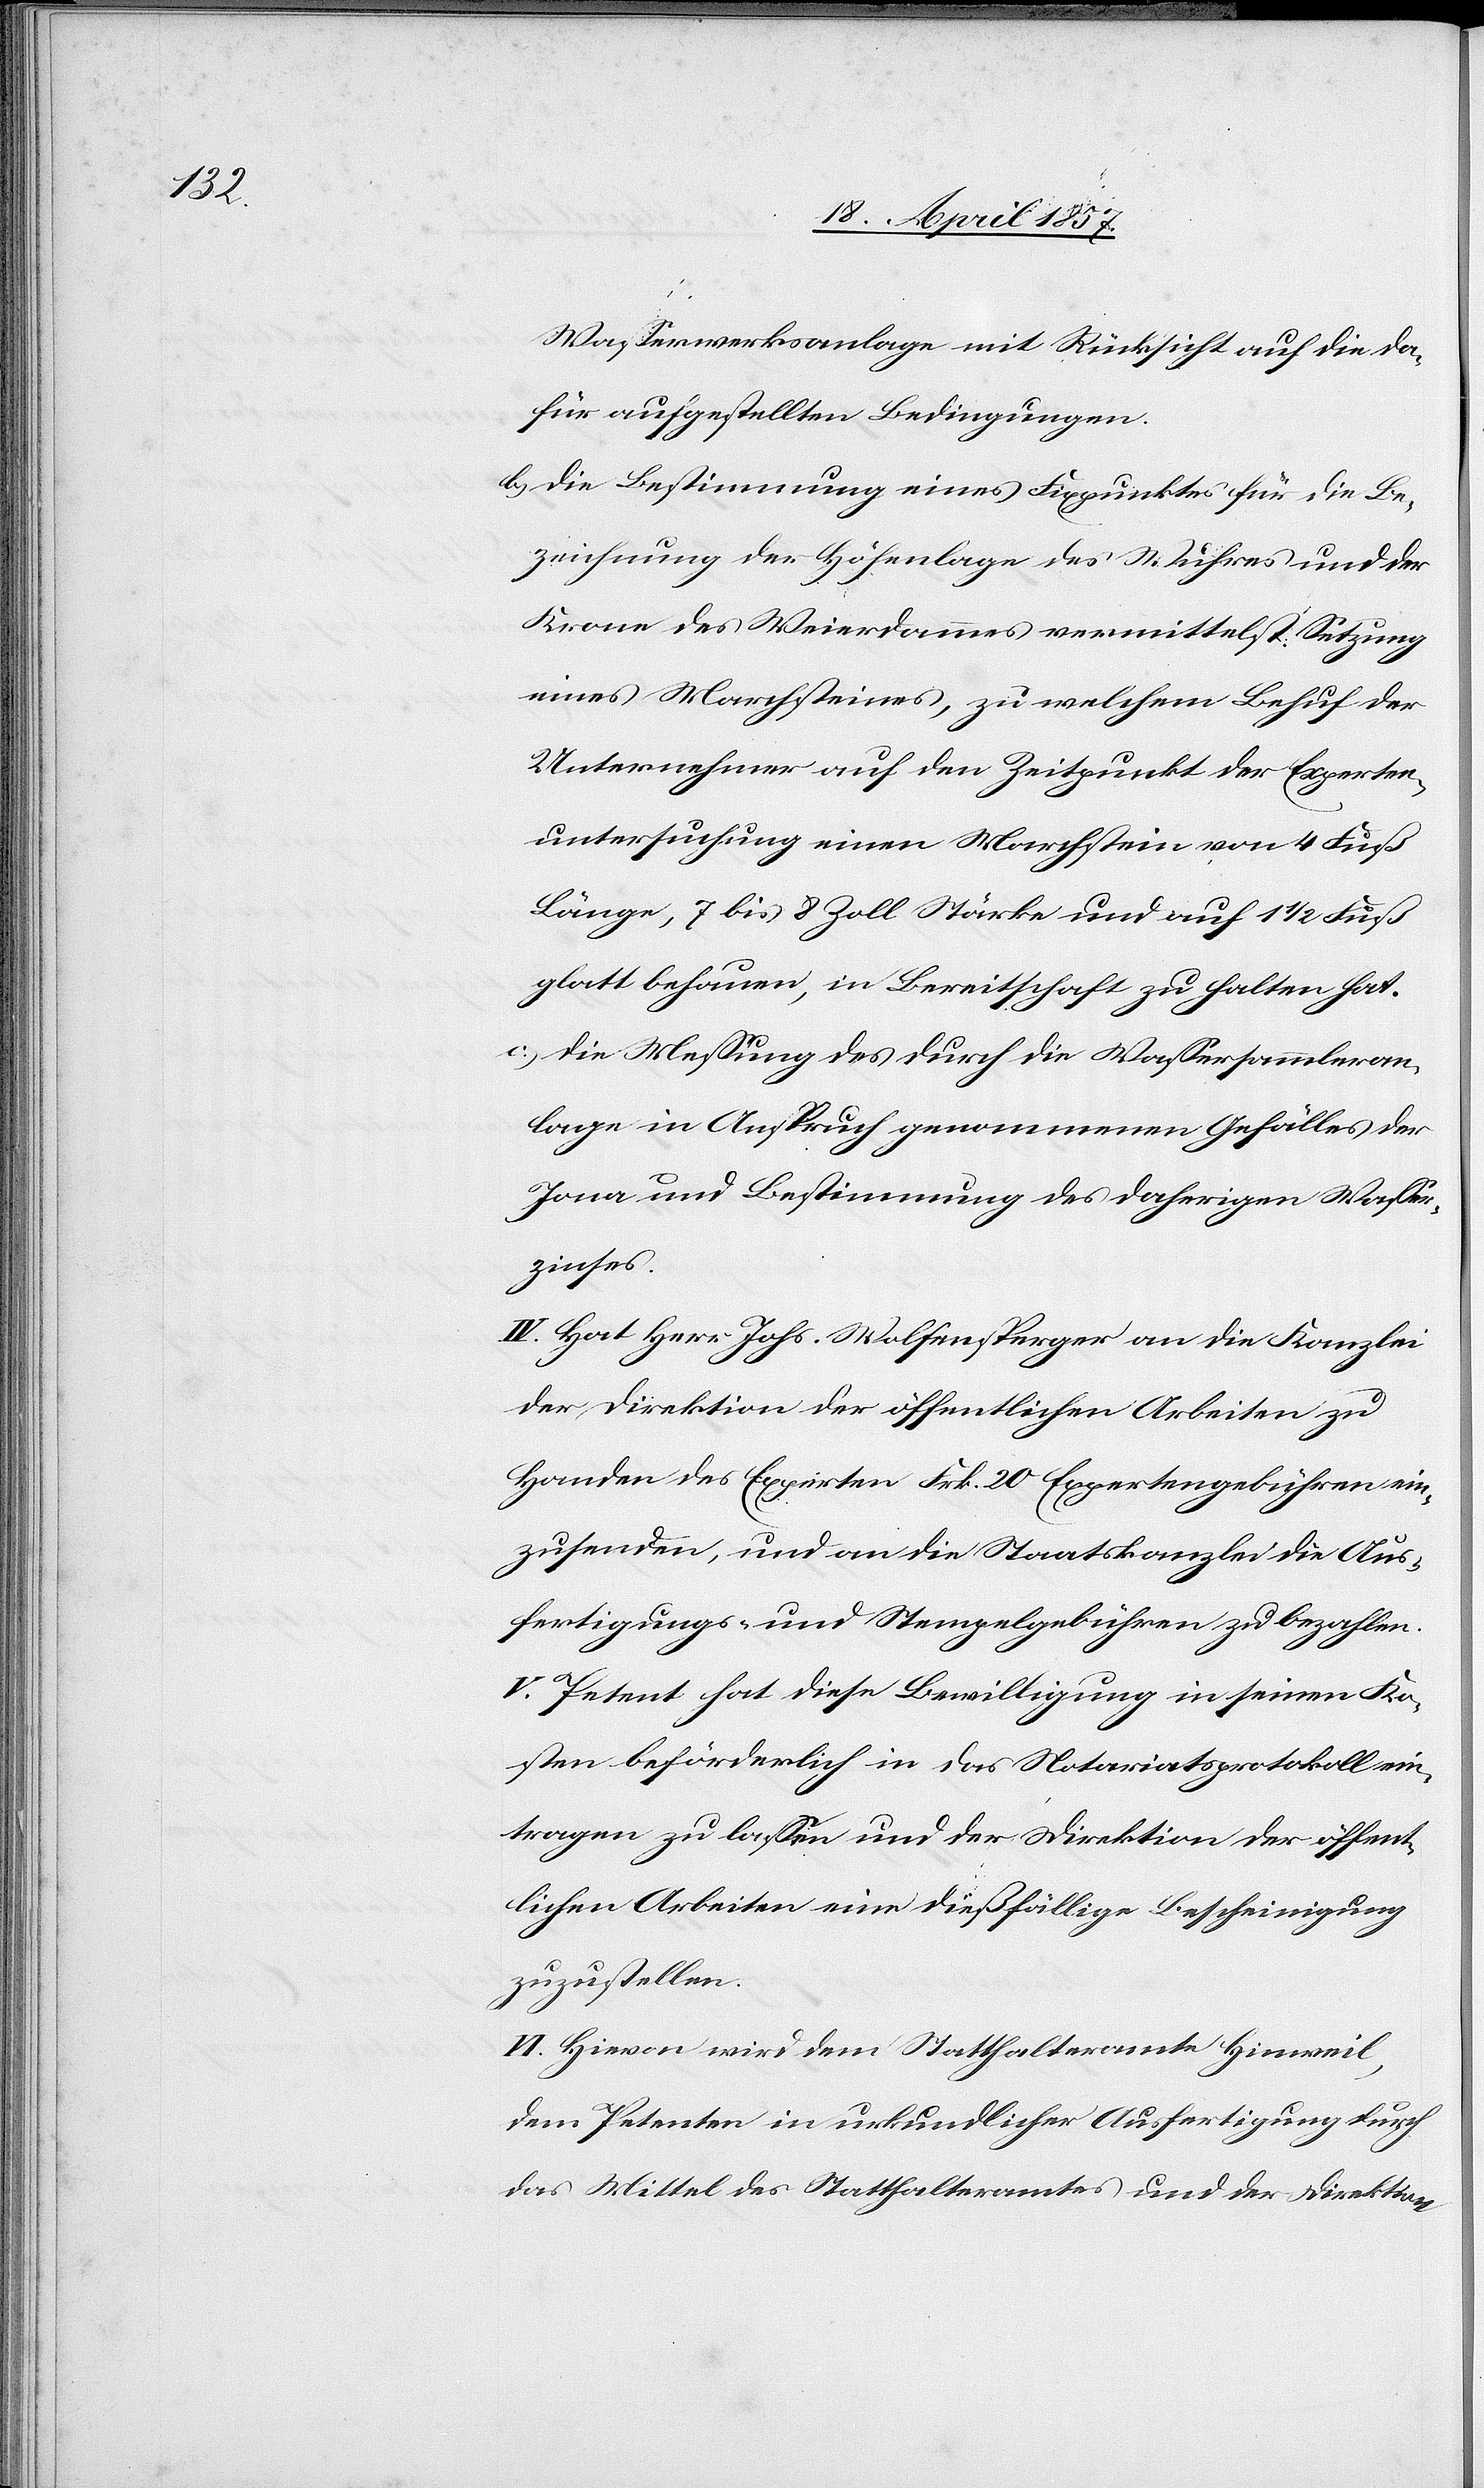
Wasserwerksanlage mit Rücksicht auf die da¬
für aufgestellten Bedingungen.
b) Die Bestimmung eines Fixpunktes für die Be¬
zeichnung der Höhenlage des Wuhres und der
Krone des Weierdammes vermittelst Setzung
eines Marchsteines, zu welchem Behuf der
Unternehmer auf den Zeitpunkt der Experten¬
untersuchung einen Marchstein von 4 Fuß
Länge, 7 bis 8 Zoll Stärke und auf 1 1/2 Fuß
glatt behauen, in Bereitschaft zu halten hat.
c) Die Messung des durch die Wassersammleran¬
lage in Anspruch genommenen Gefälles der
Jona und Bestimmung des daherigen Wasser¬
zinses.
IV. Hat Herr Johs. Wolfensperger an die Kanzlei
der Direktion der öffentlichen Arbeiten zu
Handen des Experten Frk. 20 Expertengebühren ein¬
zusenden, und an die Staatskanzlei die Aus¬
fertigungs- und Stempelgebühren zu bezahlen.
V. Petent hat diese Bewilligung in seinen Ko¬
sten beförderlich in das Notariatsprotokoll ein¬
tragen zu lassen und der Direktion der öffent¬
lichen Arbeiten eine dießfällige Bescheinigung
zuzustellen.
VI. Hievon wird dem Statthalteramte Hinweil,
dem Petenten in urkundlicher Ausfertigung durch
das Mittel des Statthalteramtes und der Direktion